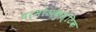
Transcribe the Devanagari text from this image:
थर्मोअकुस्टिक